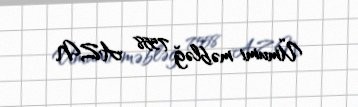
Ümumi məbləğ 7558 AZN